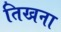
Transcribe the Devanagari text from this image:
तिखना